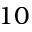
1 0